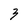
Character: 3